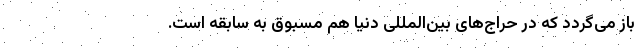
باز می‌گردد که در حراج‌های بین‌المللی دنیا هم مسبوق به سابقه است.